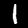
Digit: 1